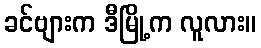
ခင်ဗျားက ဒီမြို့က လူလား။